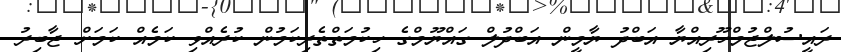
ރައީސުލްޖުމްހޫރިއްޔާ އަބްދު ޔާމީން އަބްދުލް ގައްޔޫމްގެ ހިކުމަތްތެރިކަމުން ކުރެއްވި ކަމެއް ކަމަށް ޖާބިރު